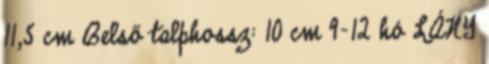
11,5 cm Belső talphossz: 10 cm 9-12 hó LÁNY